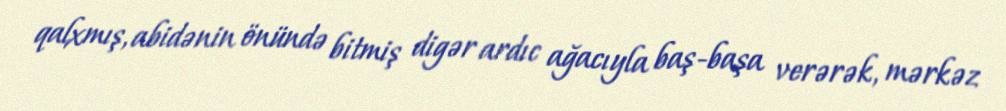
qalxmış, abidənin önündə bitmiş digər ardıc ağacıyla baş-başa verərək, mərkəz